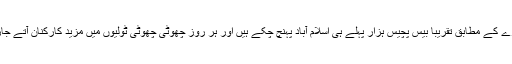
ایک اندازے کے مطابق تقریباً بیس پچیس ہزار پہلے ہی اسلام آباد پہنچ چکے ہیں اور ہر روز چھوٹی چھوٹی ٹولیوں میں مزید کارکنان آتے جارہے ہیں۔